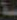
سنة